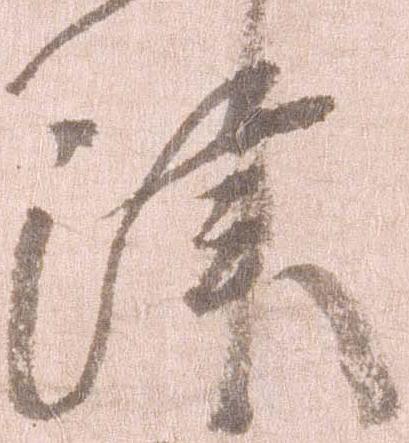
津